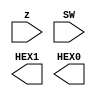
module lab_2b(
    input z,
   input [3:0] SW,
    output [6:0] HEX1,
    output [6:0] HEX0
);
    wire [3:0] V = SW;
    wire [3:0] A;
    wire [3:0] mux_out;

    assign A = (V < 4'b1010) ? V : V - 4'b1010;

    assign mux_out = ~z & V | z & A;
	 
	 endmodule